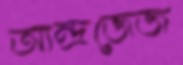
আন্দ্রজেজ